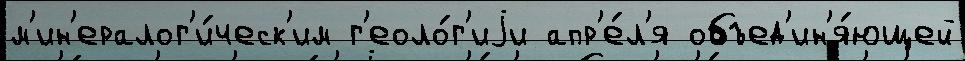
м'ин'ералог'и́ческ'им г'еоло́г'иjи апр'е́л'я объед'ин'я́ющей